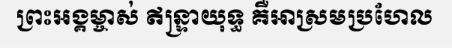
ព្រះអង្គម្ចាស់ ឥន្ទ្រាយុទ្ធ គឺអាស្រមប្រហែល